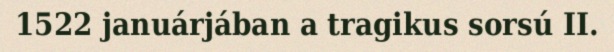
1522 januárjában a tragikus sorsú II.